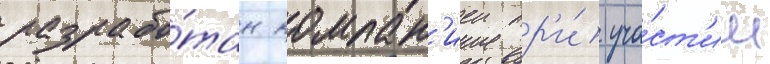
разрабо́тан компан'иеи пр'и́ уча́ст'ии